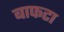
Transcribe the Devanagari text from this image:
बाफटा